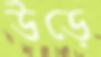
উড়ে